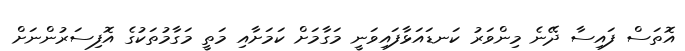
އޮތަސް ފައިސާ ދޭނެ މިންވަރު ކަނޑައަޅާފައިވަނީ މަގާމަށް ކަމަށާއި މަތީ މަގާމުތަކުގެ އޮފިސަރުންނަށް